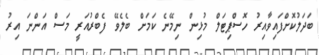
ބަދަލުކޮށްފައިވާއިރު ހޮސްޕިޓަލް މުޅިން ނިމޭނެ ކަމަށް ބެލެވޭ ފެބްރުއަރީ މަސް އަންނަ އިރު